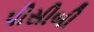
પીસીબી